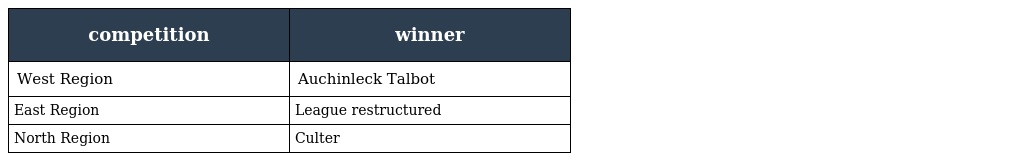
| competition | winner |
 | --- | --- |
 | West Region | Auchinleck Talbot |
 | East Region | League restructured |
 | North Region | Culter |